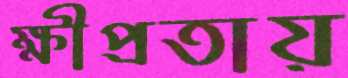
ক্ষীপ্রতায়